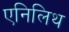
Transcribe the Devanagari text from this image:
एनिलिथ